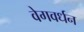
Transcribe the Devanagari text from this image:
वेगवर्धन